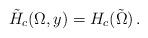
LaTeX: \begin{align*}\tilde H_c(\Omega,y)=H_c(\tilde\Omega)\,.\end{align*}